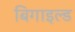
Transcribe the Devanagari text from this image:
बिगाइल्ड